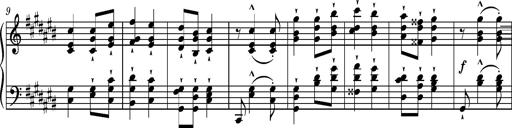
Title: Ungarische Nationalmelodien, S.243
Composer: Franz Liszt